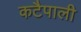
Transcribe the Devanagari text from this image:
कटैपाली